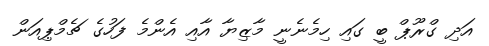
އަދި ގްރޫޕް ބީ ގައި ހިމެނެނީ މާޒިޔާ އާއި އެންމެ ފަހުގެ ޗެމްޕިއަން